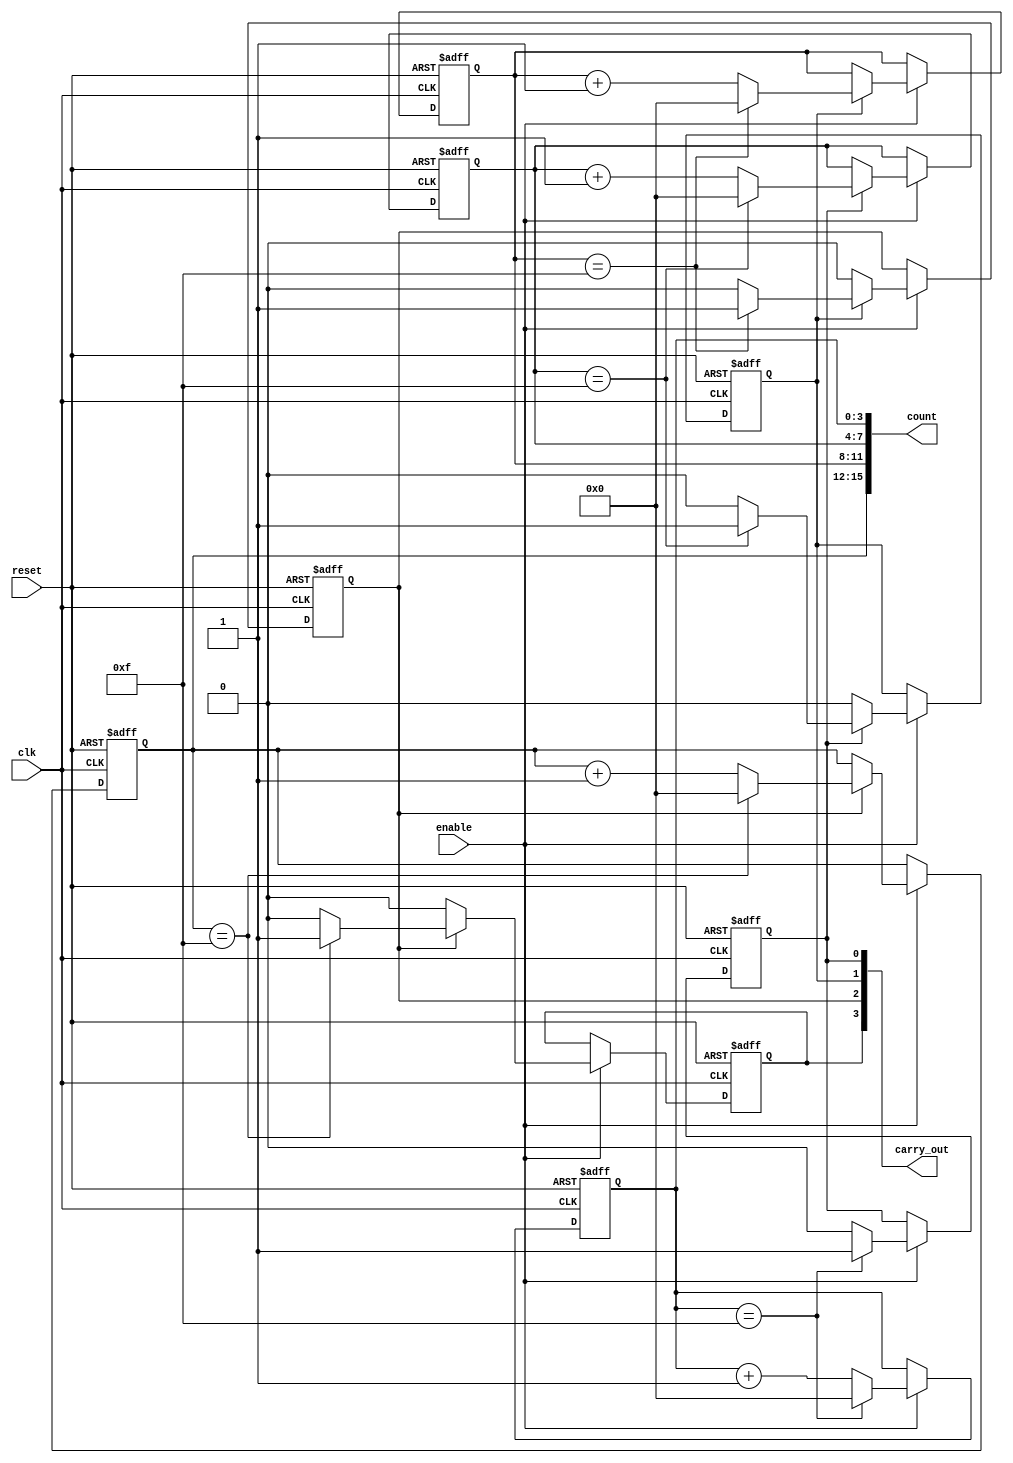
module cascaded_counter #(
    parameter N = 4,        // Bit-width of each individual counter
    parameter NUM_COUNTERS = 4  // Number of cascaded counters
)(
    input wire clk,         // System clock
    input wire reset,       // Asynchronous reset
    input wire enable,      // Enable signal
    output wire [N*NUM_COUNTERS-1:0] count, // Concatenated output of all counters
    output wire [NUM_COUNTERS-1:0] carry_out // Carry-out signals
);

    // Define the individual counter modules
    reg [N-1:0] counters [0:NUM_COUNTERS-1];
    reg [NUM_COUNTERS-1:0] carry;

    // Generate the counters
    genvar i;
    generate
        for (i = 0; i < NUM_COUNTERS; i = i + 1) begin : counter_gen
            if (i == 0) begin
                // Least significant counter
                always @(posedge clk or posedge reset) begin
                    if (reset) begin
                        counters[i] <= 0;
                        carry[i] <= 0;
                    end else if (enable) begin
                        if (counters[i] == (1 << N) - 1) begin
                            counters[i] <= 0;
                            carry[i] <= 1; // Generate carry-out for next counter
                        end else begin
                            counters[i] <= counters[i] + 1;
                            carry[i] <= 0; // No carry-out
                        end
                    end
                end
            end else begin
                // Higher-order counters
                always @(posedge clk or posedge reset) begin
                    if (reset) begin
                        counters[i] <= 0;
                        carry[i] <= 0;
                    end else if (enable) begin
                        if (carry[i-1] == 1) begin
                            if (counters[i] == (1 << N) - 1) begin
                                counters[i] <= 0;
                                carry[i] <= 1; // Generate carry-out for next counter
                            end else begin
                                counters[i] <= counters[i] + 1;
                                carry[i] <= 0; // No carry-out
                            end
                        end else begin
                            carry[i] <= 0; // No carry-in for this counter
                        end
                    end
                end
            end
        end
    endgenerate

    // Concatenated count output
    assign count = {counters[NUM_COUNTERS-1], counters[NUM_COUNTERS-2], 
                    counters[NUM_COUNTERS-3], counters[NUM_COUNTERS-4]};

    // Carry-out signals
    assign carry_out = carry;

endmodule